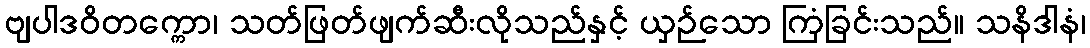
ဗျပါဒဝိတက္ကော၊ သတ်ဖြတ်ဖျက်ဆီးလိုသည်နှင့် ယှဉ်သော ကြံခြင်းသည်။ သနိဒါနံ၊